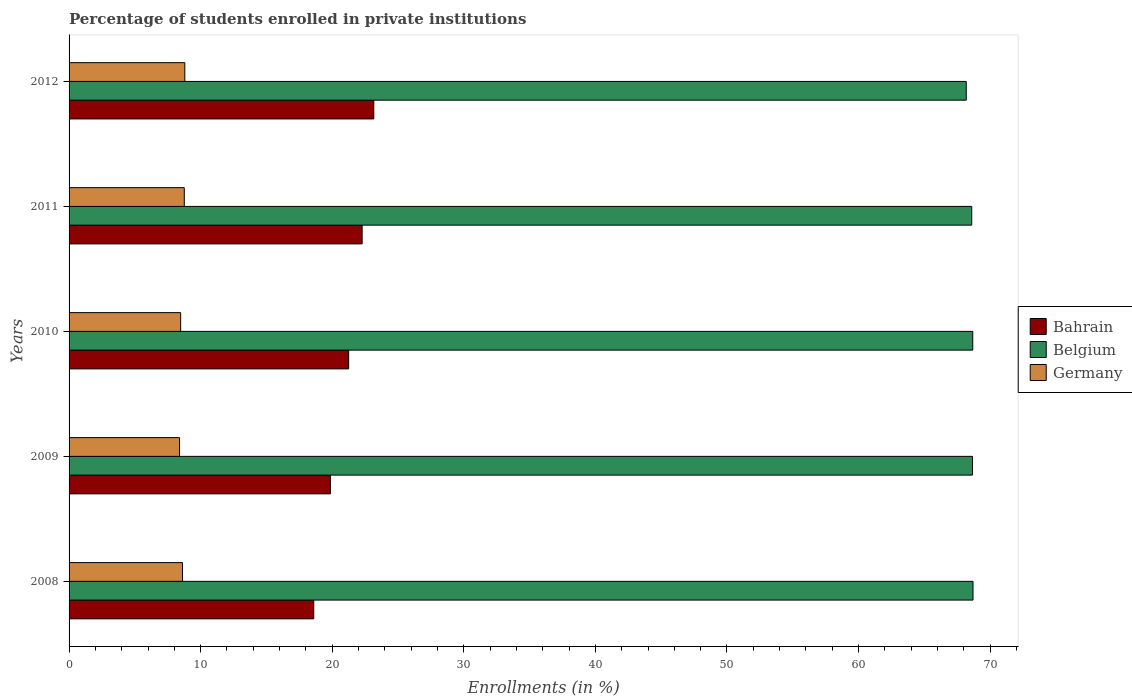
| Years | Bahrain | Belgium | Germany |
 | --- | --- | --- | --- |
 | 2008 | 18.6 | 68.7 | 8.62 |
 | 2009 | 19.9 | 68.7 | 8.4 |
 | 2010 | 21.2 | 68.7 | 8.48 |
 | 2011 | 22.3 | 68.6 | 8.76 |
 | 2012 | 23.2 | 68.2 | 8.8 |